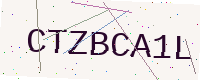
Text: CTZBCA1L